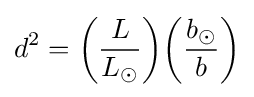
d^{2}={\bigg (}{\frac {L}{L_{\odot }}}{\bigg )}{\bigg (}{\frac {b_{\odot }}{b}}{\bigg )}